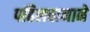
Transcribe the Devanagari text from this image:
पहिलवानाने